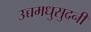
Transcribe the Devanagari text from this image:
उच्चमधुसुदनी